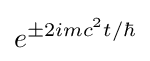
e^{\pm 2imc^{2}t/\hbar }